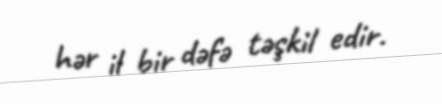
hər il bir dəfə təşkil edir.